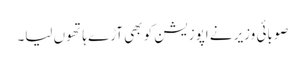
صوبائی وزیر نے اپوزیشن کو بھی آڑے ہاتھوں لیا۔